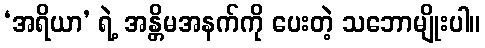
‘အရိယာ’ ရဲ့ အန္တိမအနက်ကို ပေးတဲ့ သဘောမျိုးပါ။